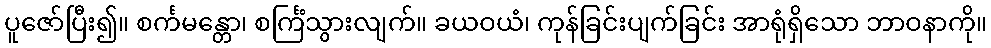
ပူဇော်ပြီး၍။ စင်္ကမန္တော၊ စင်္ကြံသွားလျက်။ ခယဝယံ၊ ကုန်ခြင်းပျက်ခြင်း အာရုံရှိသော ဘာဝနာကို။